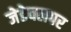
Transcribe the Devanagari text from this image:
जेडेवलपर